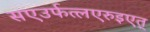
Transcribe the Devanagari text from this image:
सएउर्फत्लएरुइएत्